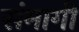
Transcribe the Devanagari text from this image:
संमागी